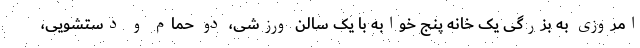
امروزی به بزرگی یک خانه پنج خوابه با یک سالن ورزشی، دو حمام و دستشویی،